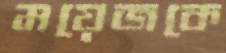
ময়েজকে